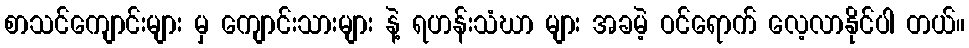
စာသင်ကျောင်းများ မှ ကျောင်းသားများ နဲ့ ရဟန်းသံဃာ များ အခမဲ့ ဝင်ရောက် လေ့လာနိုင်ပါ တယ်။